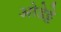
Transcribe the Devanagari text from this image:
ओडेट्टे